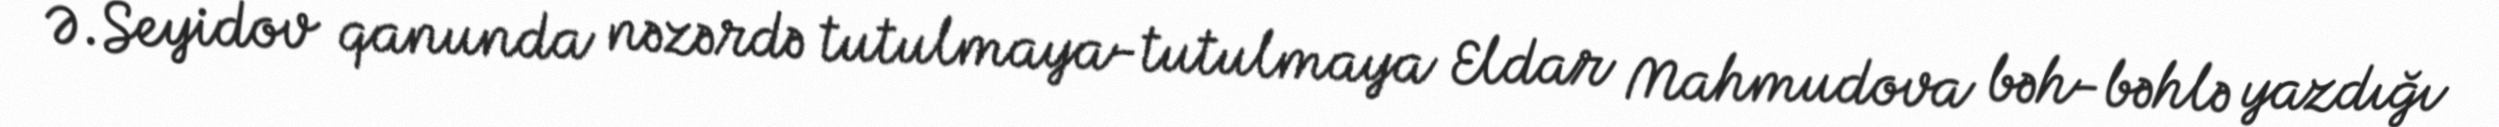
Ə.Seyidov qanunda nəzərdə tutulmaya-tutulmaya Eldar Mahmudova bəh-bəhlə yazdığı